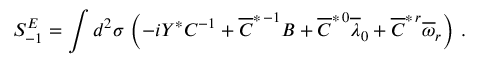
S _ { - 1 } ^ { E } = \int d ^ { 2 } \sigma \, \left( - i Y ^ { * } C ^ { - 1 } + \overline { { { C } } } ^ { * \, - 1 } B + \overline { { { C } } } ^ { * \, 0 } \overline { { { \lambda } } } _ { 0 } + \overline { { { C } } } ^ { * \, r } \overline { { { \omega } } } _ { r } \right) \, .